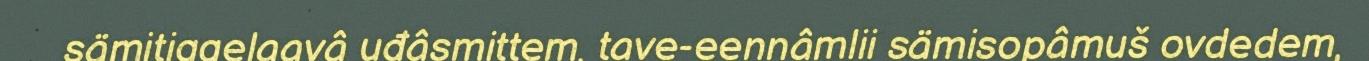
sämitiggelaavâ uđâsmittem, tave-eennâmlii sämisopâmuš ovdedem,